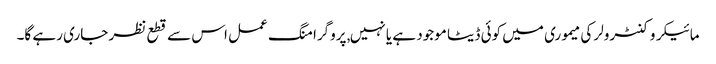
مائیکروکنٹرولر کی میموری میں کوئی ڈیٹا موجود ہے یا نہیں, پروگرامنگ عمل اس سے قطع نظر جاری رہے گا۔